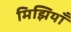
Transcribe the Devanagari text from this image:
मिझियाँ